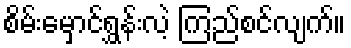
စိမ်းမှောင်ရွှန်းလဲ့ ကြည်စင်လျက်။